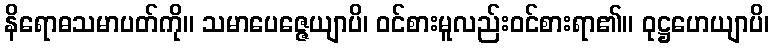
နိရောဓသမာပတ်ကို။ သမာပေဇ္ဇေယျာပိ၊ ဝင်စားမူလည်းဝင်စားရာ၏။ ဝုဋ္ဌဟေယျာပိ၊